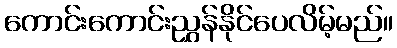
ကောင်းကောင်းညွှန်နိုင်ပေလိမ့်မည်။